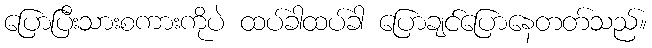
ပြောပြီးသားစကားကိုပဲ ထပ်ခါထပ်ခါ ပြောချင်ပြောနေတတ်သည်။